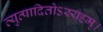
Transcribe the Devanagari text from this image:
व्युत्पादितोऽस्यहम्‌।